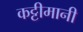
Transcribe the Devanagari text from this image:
कट्टीमानी